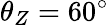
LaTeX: \theta_{Z}=60^{\circ}